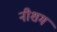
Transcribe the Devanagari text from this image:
नीशम